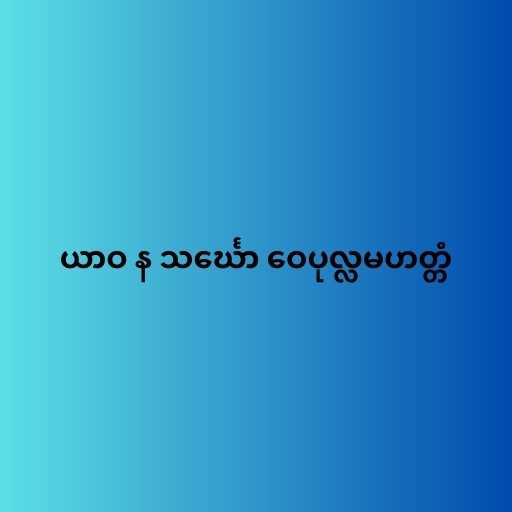
ယာဝ န သင်္ဃော ဝေပုလ္လမဟတ္တံ